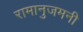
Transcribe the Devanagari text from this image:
रामानुजमनी